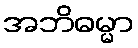
အဘိဓမ္မာ